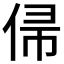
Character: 𬾙